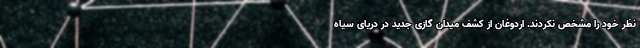
نظر خود را مشخص نکردند. اردوغان از کشف میدان گازی جدید در دریای سیاه